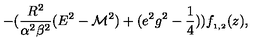
- ( \frac { R ^ { 2 } } { \alpha ^ { 2 } \beta ^ { 2 } } ( E ^ { 2 } - { \cal M } ^ { 2 } ) + ( e ^ { 2 } g ^ { 2 } - \frac { 1 } { 4 } ) ) f _ { _ { 1 , 2 } } ( z ) ,